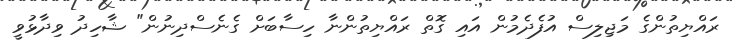
ރައްޔިތުންގެ މަޖިލިސް އުފެދެމުން އައި ގޮތް ރައްޔިތުންނާ ހިސާބަަށް ގެނެސްދިނުން" ޝާހިދު ވިދާޅުވީ